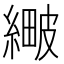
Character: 𦃯